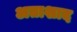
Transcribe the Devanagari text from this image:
अताशाद